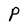
Character: P